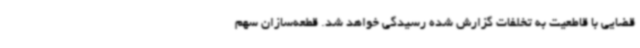
قضایی با قاطعیت به تخلفات گزارش شده رسیدگی خواهد شد. قطعه‌سازان سهم